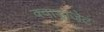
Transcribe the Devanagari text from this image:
क्वाड्राजेट